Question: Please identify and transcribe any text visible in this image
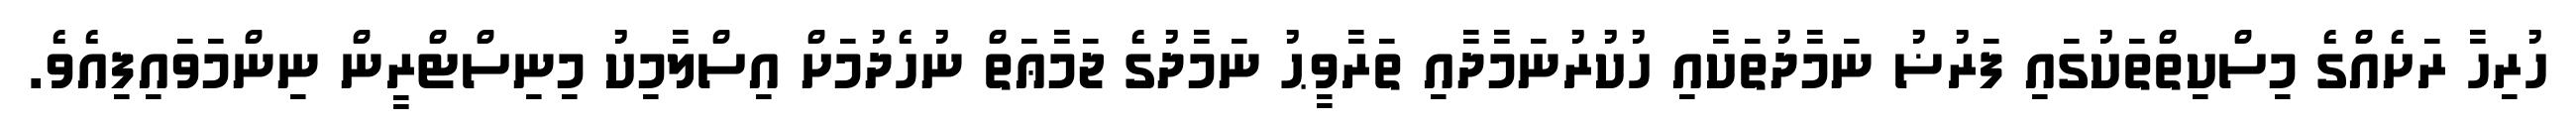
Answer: ހުރިހާ ރަށެއްގެ މިސްކިތްތަކުގައި ފަރުޟު ނަމާދުތަކާއި ހުކުރުނަމާދާއި ތަރާވީޙު ނަމާދުގެ ޖަމާޢަތް ނުހެދުމަށް އިސްލާމިކު މިނިސްޓްރީން ނިންމަވައިފިއެވެ.